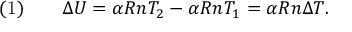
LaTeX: { \mathrm { ( 1 ) } } \qquad \Delta U = \alpha R n T _ { 2 } - \alpha R n T _ { 1 } = \alpha R n \Delta T .